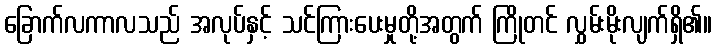
ခြောက်လကာလသည် အလုပ်နှင့် သင်ကြားပေးမှုတို့အတွက် ကြိုတင် လွှမ်းမိုးလျက်ရှိ၏။